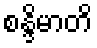
စန္ဒိမာတိ